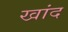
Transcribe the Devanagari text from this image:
खांद